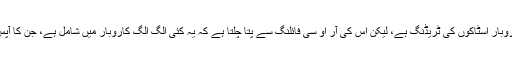
حالانکہ، اس فرم کا اہم کاروبار اسٹاکوں کی ٹریڈنگ ہے، لیکن اس کی آر او سی فائلنگ سے پتا چلتا ہے کہ یہ کئی الگ الگ کاروبار میں شامل ہے، جن کا آپس میں کوئی تعلق نہیں ہے۔